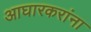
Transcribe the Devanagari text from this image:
आघारकरांना